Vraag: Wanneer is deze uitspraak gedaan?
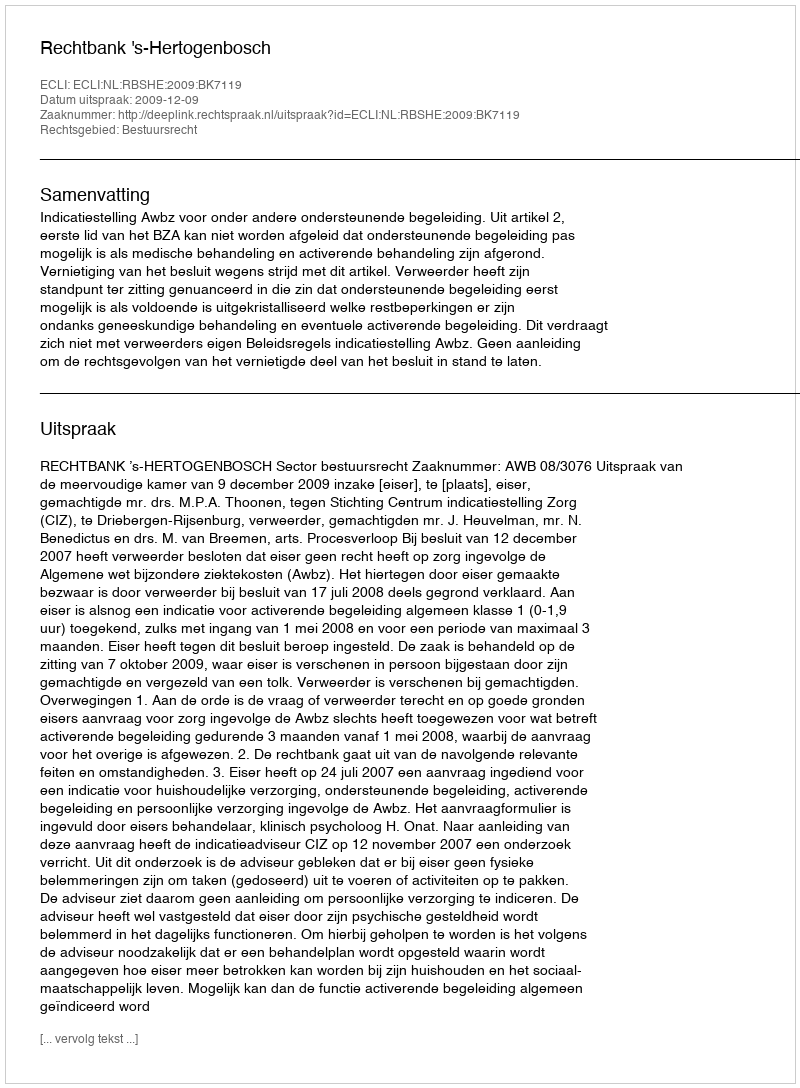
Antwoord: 2009-12-09